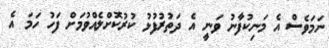
ނަމަވެސް އެ މަނިކުފާނު ވަނީ އެ ދަތުރުފުޅު ކުރުކޮށްލެއްވުމަށް ފަހު ހަމަ އެ